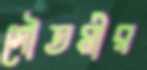
গৌতমীর